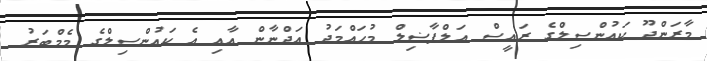
މާރަންދޫ ކައުންސިލްގެ ރައީސް އަލްފާޟިލް މުޙައްމަދު އަދްނާން އާއި އެ ކައުންސިލްގެ މެމްބަަރު